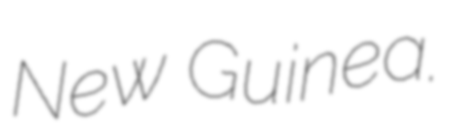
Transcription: New Guinea.